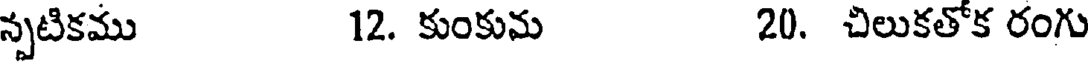
స్పటికము 12. కుంకుమ 20. చిలుకతోక రంగు